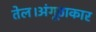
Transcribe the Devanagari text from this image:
तेल।अंगूठाकार